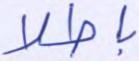
باطلا